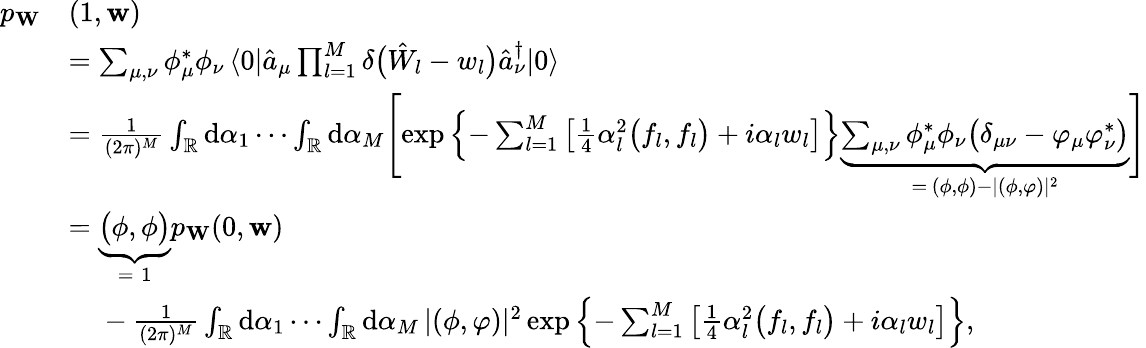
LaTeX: \begin{array}{rl}{p_{\mathbf{W}}}&{(1,\mathbf{w})}\\ &{=\sum_{\mu,\nu}\phi_{\mu}^{*}\phi_{\nu}\, \langle 0|\hat{a}_{\mu}\prod_{l=1}^{M}\delta\bigl(\hat{W}_{l}-w_{l}\bigr)\hat{a}_{\nu}^{\dagger}|0\rangle}\\ &{=\frac{1}{(2\pi)^{M}}\int_{\mathbb{R}}\mathrm{d}\alpha_{1}\cdots\int_{\mathbb{R}}\mathrm{d}\alpha_{M}\Biggl[\exp\left\{ -\sum_{l=1}^{M}\left[\frac{1}{4}\alpha_{l}^{2}\bigl(f_{l},f_{l}\bigr)+i\alpha_{l}w_{l}\right]\right\} \underbrace{\sum_{\mu,\nu}\phi_{\mu}^{*}\phi_{\nu}\bigl(\delta_{\mu\nu}-\varphi_{\mu}\varphi_{\nu}^{*}\bigr)}_{=\, (\phi,\phi)-|(\phi,\varphi)|^{2}}\Biggr]}\\ &{=\underbrace{\bigl(\phi,\phi\bigr)}_{=\; 1}p_{\mathbf{W}}(0,\mathbf{w})}\\ &{\phantom{=.}-\frac{1}{(2\pi)^{M}}\int_{\mathbb{R}}\mathrm{d}\alpha_{1}\cdots\int_{\mathbb{R}}\mathrm{d}\alpha_{M}\, |(\phi,\varphi)|^{2}\exp\left\{ -\sum_{l=1}^{M}\left[\frac{1}{4}\alpha_{l}^{2}\bigl(f_{l},f_{l}\bigr)+i\alpha_{l}w_{l}\right]\right\} ,}\end{array}